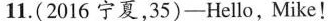
11.(2016 宁夏,35)—Hello,Mike!